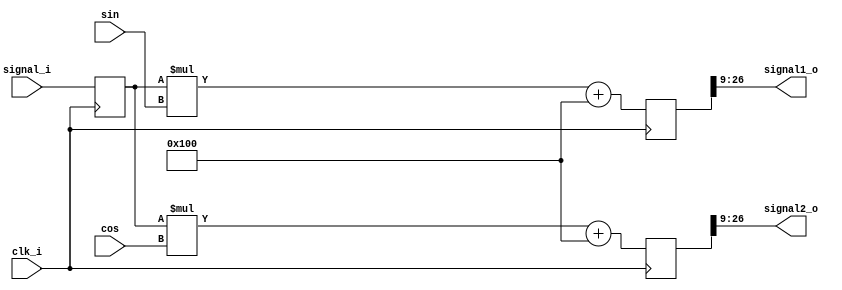
module red_pitaya_iq_demodulator_block #(
    parameter     INBITS   = 14,
    parameter     OUTBITS   = 18,
    parameter     SINBITS   = 14,
    parameter     SHIFTBITS  = 1
    // why SHIFTBITS SHOULD ALWAYS BE 1:
    // the sin from fgen ranges from -2**(SINBITS-1)+1 to 2**(SINBITS-1)-1
    // i.e. the strange number is excluded by definition. Including the
    // strange number -2**(SINBITS-1), the product signal_i * sin / cos
    // would be maximally
    // 2**(SINBITS+INBITS-1-1). That is, including the sign bit it would
    // occupy SINBITS+INBITS-1 bits. Excluding the strange number of the sin
    // factor makes the maximum less than that, i.e. we can safely represent
    // the product with SINBITS+INBITS-2 bits, including the sign bit.
    // That makes SHIFTBITS = -1 (see below). OUTBITS only determines how many
    // LSB's we cut off.
)
(
    input clk_i,
    input signed  [SINBITS-1:0] sin, 
    input signed  [SINBITS-1:0] cos, 
    input signed  [INBITS-1:0]  signal_i,
    output signed [OUTBITS-1:0] signal1_o,            
    output signed [OUTBITS-1:0] signal2_o            
);

reg signed [INBITS-1:0] firstproduct_reg;
always @(posedge clk_i) begin
    firstproduct_reg <= signal_i;
end


reg signed [SINBITS+INBITS-1:0] product1;
reg signed [SINBITS+INBITS-1:0] product2;

// soft implementation of symmetric rounding
//wire signed [SINBITS+INBITS-1:0] product1_unrounded;
//wire signed [SINBITS+INBITS-1:0] product2_unrounded;
//assign product1_unrounded = firstproduct_reg * sin;
//assign product2_unrounded = firstproduct_reg * cos;
//wire signed [SINBITS+INBITS-1:0] product1_roundoffset;
//wire signed [SINBITS+INBITS-1:0] product2_roundoffset;
//assign product1_roundoffset = (product1_unrounded[SINBITS+INBITS-1]) ? {{(OUTBITS+SHIFTBITS+1){1'b0}},{1'b1},{(SINBITS+INBITS-OUTBITS-SHIFTBITS-2){1'b0}}}
//                            : {{(OUTBITS+SHIFTBITS+1){1'b0}},{1'b0},{(SINBITS+INBITS-OUTBITS-SHIFTBITS-2){1'b1}}};
//
//assign product2_roundoffset = (product2_unrounded[SINBITS+INBITS-1]) ? {{(OUTBITS+SHIFTBITS+1){1'b0}},{1'b1},{(SINBITS+INBITS-OUTBITS-SHIFTBITS-2){1'b0}}}
//                            : {{(OUTBITS+SHIFTBITS+1){1'b0}},{1'b0},{(SINBITS+INBITS-OUTBITS-SHIFTBITS-2){1'b1}}};

// after some problems, we choose asymmetric rounding for now - at least
// some rounding

always @(posedge clk_i) begin
//    product1 <= product1_unrounded + product1_roundoffset;
//    product2 <= product2_unrounded + product2_roundoffset;
    product1 <= firstproduct_reg * sin + $signed(1 << (SINBITS+INBITS-OUTBITS-SHIFTBITS-1));
    product2 <= firstproduct_reg * cos + $signed(1 << (SINBITS+INBITS-OUTBITS-SHIFTBITS-1));
end

assign signal1_o = product1[SINBITS+INBITS-1-SHIFTBITS:SINBITS+INBITS-OUTBITS-SHIFTBITS];
assign signal2_o = product2[SINBITS+INBITS-1-SHIFTBITS:SINBITS+INBITS-OUTBITS-SHIFTBITS];

endmodule